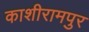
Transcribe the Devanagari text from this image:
काशीरामपुर